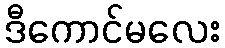
ဒီကောင်မလေး